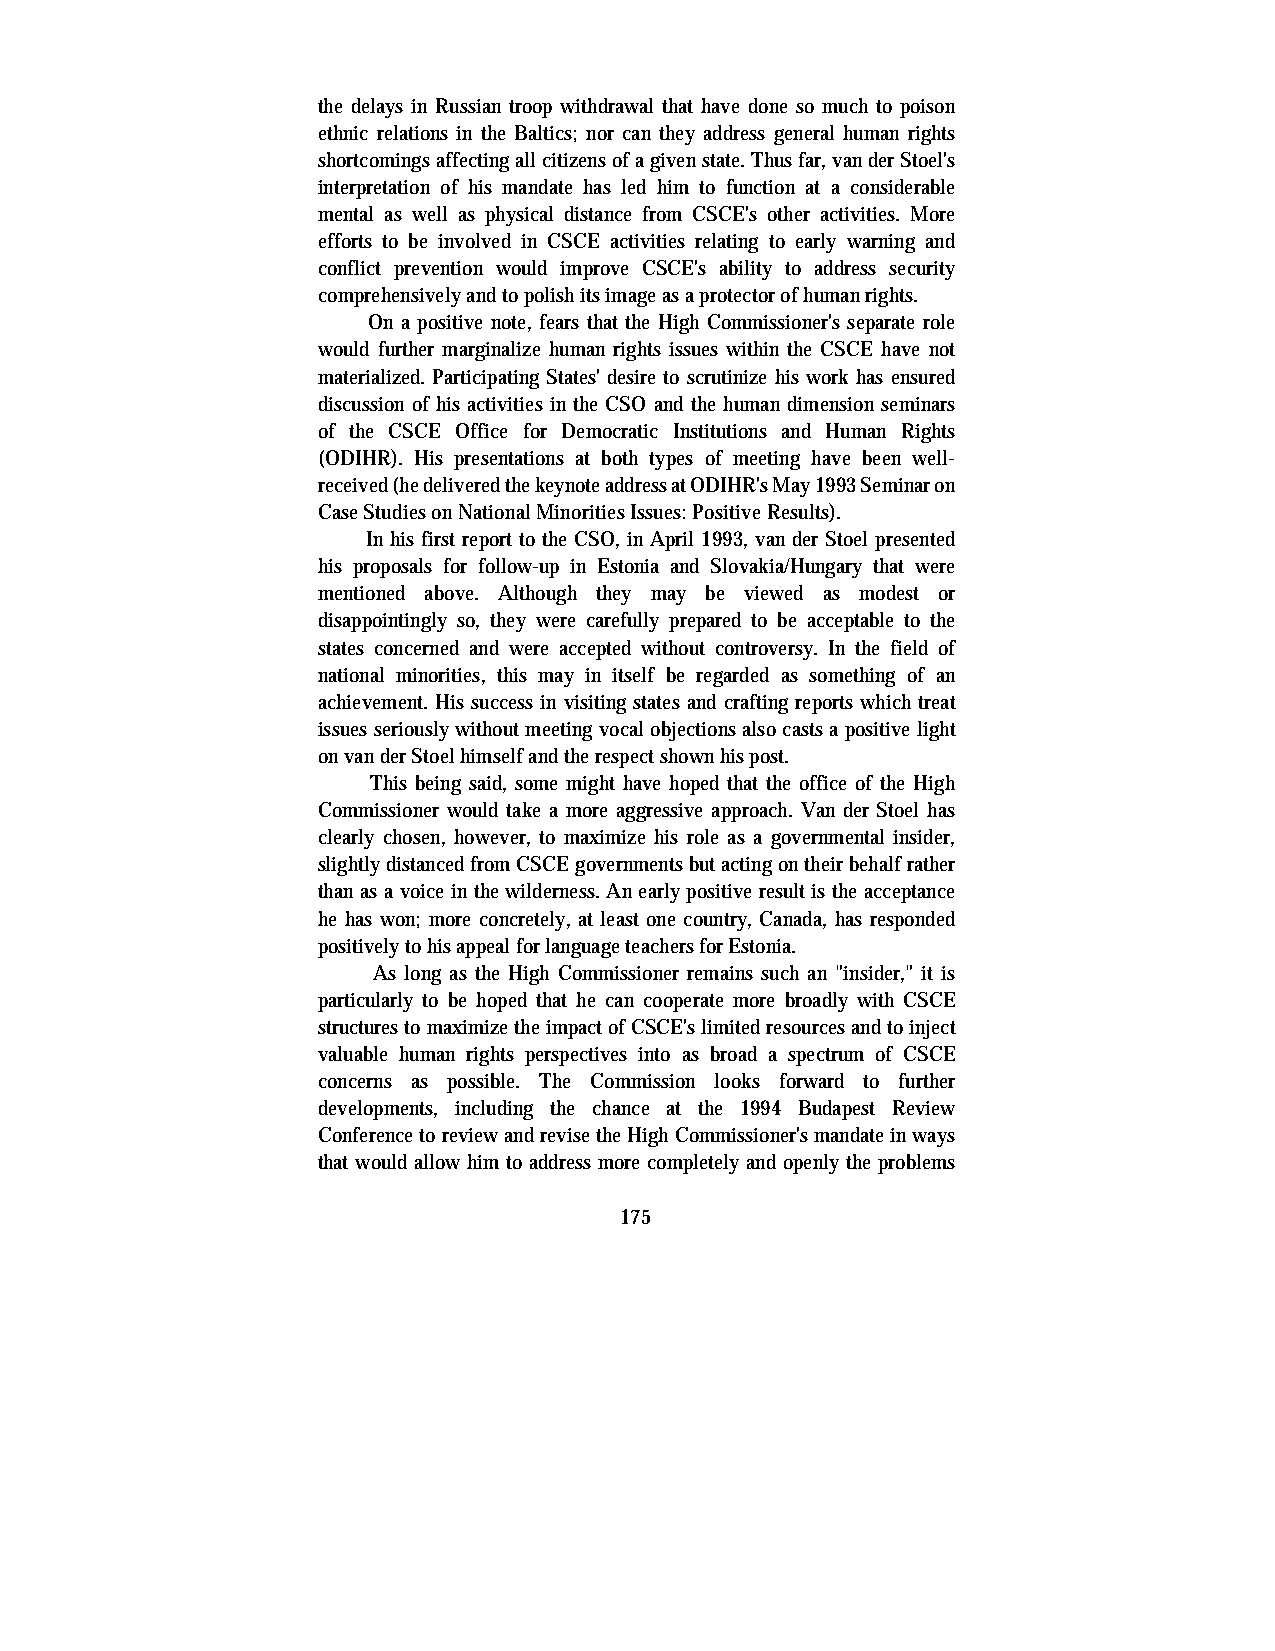
the delays in Russian troop withdrawal that have done so much to poison
 ethnic relations in the Baltics; nor can they address general human rights
 shortcomings affecting all citizens of a given state. Thus far, van der Stoel's
 interpretation of his mandate has led him to function at a considerable
 mental as well as physical distance from CSCE's other activities. More
 efforts to be involved in CSCE activities relating to early warning and
 conflict prevention would improve CSCE's ability to address security
 comprehensively and to polish its image as a protector of human rights.
 On a positive note, fears that the High Commissioner's separate role
 would further marginalize human rights issues within the CSCE have not
 materialized. Participating States' desire to scrutinize his work has ensured
 discussion of his activities in the CSO and the human dimension seminars
 of the CSCE Office for Democratic Institutions and Human Rights
 (ODIHR). His presentations at both types of meeting have been well-
 received (he delivered the keynote address at ODIHR's May 1993 Seminar on
 Case Studies on National Minorities Issues: Positive Results).
 In his first report to the CSO, in April 1993, van der Stoel presented
 his proposals for follow-up in Estonia and Slovakia/Hungary that were
 mentioned above. Although they may be viewed as modest or
 disappointingly so, they were carefully prepared to be acceptable to the
 states concerned and were accepted without controversy. In the field of
 national minorities, this may in itself be regarded as something of an
 achievement. His success in visiting states and crafting reports which treat
 issues seriously without meeting vocal objections also casts a positive light
 on van der Stoel himself and the respect shown his post.
 This being said, some might have hoped that the office of the High
 Commissioner would take a more aggressive approach. Van der Stoel has
 clearly chosen, however, to maximize his role as a governmental insider,
 slightly distanced from CSCE governments but acting on their behalf rather
 than as a voice in the wilderness. An early positive result is the acceptance
 he has won; more concretely, at least one country, Canada, has responded
 positively to his appeal for language teachers for Estonia.
 As long as the High Commissioner remains such an "insider," it is
 particularly to be hoped that he can cooperate more broadly with CSCE
 structures to maximize the impact of CSCE's limited resources and to inject
 valuable human rights perspectives into as broad a spectrum of CSCE
 concerns as possible. The Commission looks forward to further
 developments, including the chance at the 1994 Budapest Review
 Conference to review and revise the High Commissioner's mandate in ways
 that would allow him to address more completely and openly the problems
 175